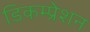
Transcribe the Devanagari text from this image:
डिकम्प्रेशन